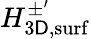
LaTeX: H_{3\mathsf{D},\mathrm{{surf}}}^{\pm^{\prime}}